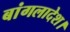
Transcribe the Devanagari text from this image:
बांगलादेश।